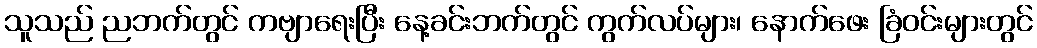
သူသည် ညဘက်တွင် ကဗျာရေးပြီး နေ့ခင်းဘက်တွင် ကွက်လပ်များ၊ နောက်ဖေး ခြံဝင်းများတွင်